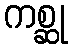
ကစ္ဆု